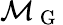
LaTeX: \mathcal{M}_{\mathrm{~G~}}